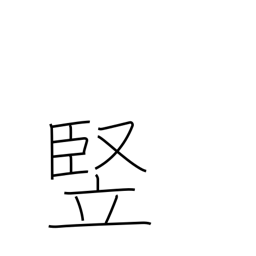
Meaning: length